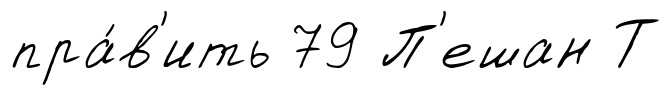
пра́в'ить 79 П'ешан Т